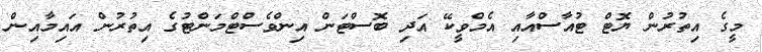
މީގެ އިތުރުން ޔޮޓް ޓުއާސްއާއި އެމްވީކޭ އަދި ބޮސްޓަން އިންވެސްޓްމަންޓުގެ އިތުރުން އައިމާއިން